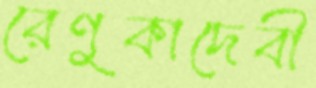
রেণুকাদেবী